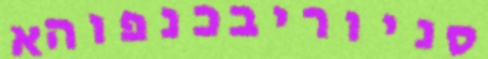
סניוריבכנפוהא